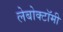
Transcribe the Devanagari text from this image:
लेबोक्टॉमी